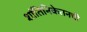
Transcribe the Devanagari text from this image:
शांतिनिकेतनची